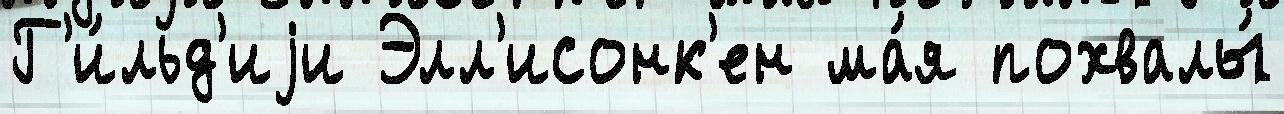
Г'и́льд'иjи Элл'исонк'ен ма́я похвалы́